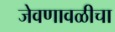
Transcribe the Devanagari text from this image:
जेवणावळीचा